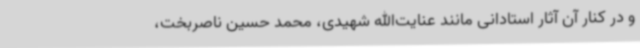
و در کنار آن آثار استادانی مانند عنایت‌الله شهیدی، محمد حسین ناصربخت،